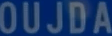
OUJDA